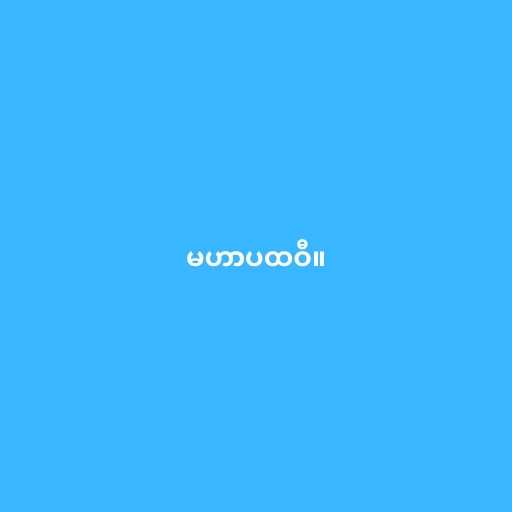
မဟာပထဝီ။